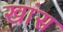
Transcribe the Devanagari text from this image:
खांस